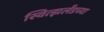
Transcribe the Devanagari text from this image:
स्वित्झर्लॅडच्या